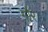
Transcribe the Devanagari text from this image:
गौर।